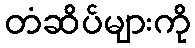
တံဆိပ်များကို